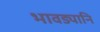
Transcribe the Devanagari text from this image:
भावड्यानि